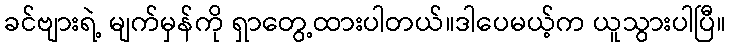
ခင်ဗျားရဲ့ မျက်မှန်ကို ရှာတွေ့ထားပါတယ်။ဒါပေမယ့်က ယူသွားပါပြီ။